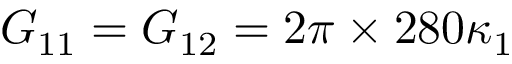
G _ { 1 1 } = G _ { 1 2 } = 2 \pi \times 2 8 0 \kappa _ { 1 }